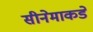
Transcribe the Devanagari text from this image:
सीनेमाकडे